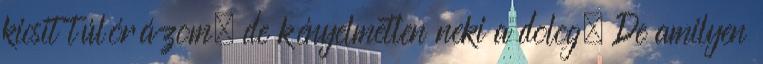
kicsit túlórázom, de kényelmetlen neki a dolog. De amilyen